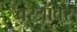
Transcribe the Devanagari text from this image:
वस्त्रांवर